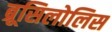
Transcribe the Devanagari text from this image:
ब्रूसिलोलिस